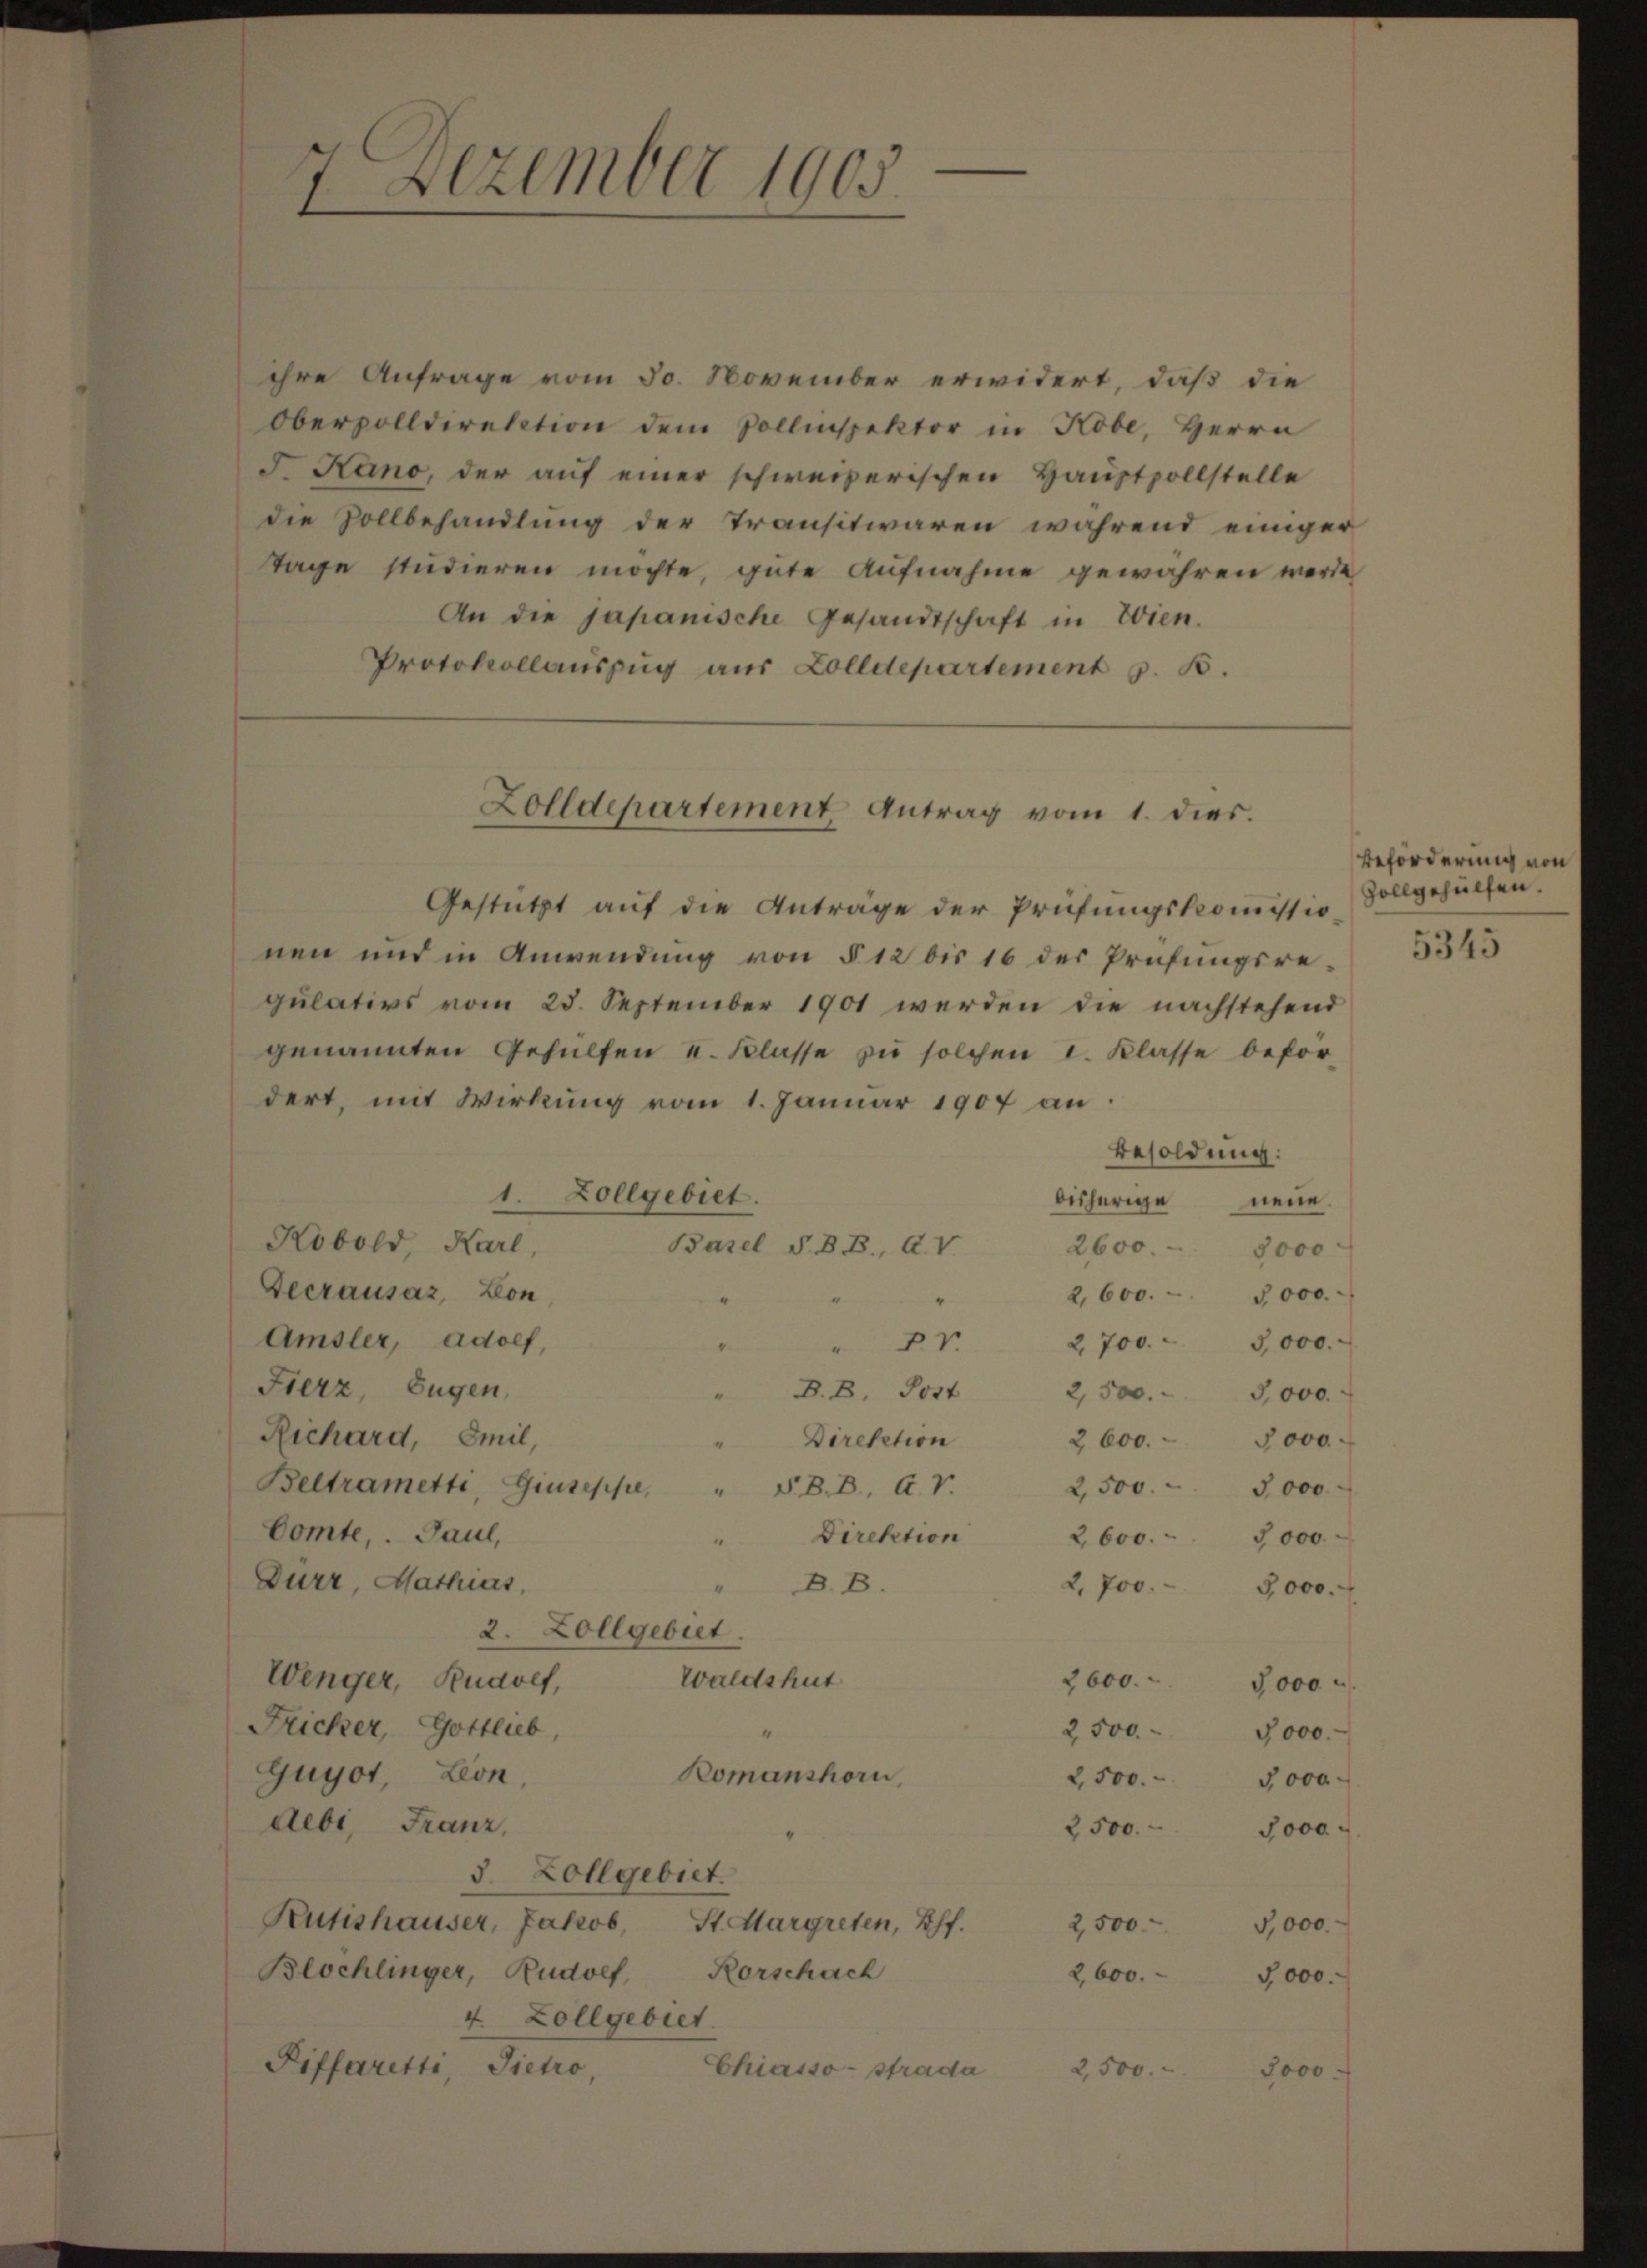
7. Dezember 1905.
d

ihre Anfrage vom 30. November erwidert, daß die
Oberzolldirektion dem Pollinspektor in Kobe, Herrn
F. Hano, der auf einer schweizerischen Hauptpollstelle
die Zollbehandlung der Transitwaren während einiger
Tage studieren möchte, gute Aufnahme gewähren werde
An die japanische Gesandtschaft in Wien.
Protokollauszug aus Zolldepartement z. B.

Zolldepartement Antrag vom 1. dies.

Gestützt auf die Anträge der Prüfungskommissio
nen und in Anwendung von § 12 bis 16 der Prüfungsregulativs vom 25. September 1901 werden die nachstehend
genannten Gehülfen u. Klasse zu solchen I. Klasse befor-
dert, mit Wirkung vom 1. Januar 1907 an
Besoldung:
1. Zollgebiet.
bisherige neue.
Kobold, Karl,
Basel S. B. B., A. V.
2600. 8000
Geerausaz, Lon
Amsler, Adolf,
2,700.- 3,000.
Pr
Fierz, Eugen,
B. B. Post
2,500.- 3,000.
Richard, Emil,
Direktion
2 600. 3000.
Beltrametti, Giuseppe, " S. B. B. G. V.
2,500 - 3000
Comte, Paul,
Direktion
2, 600. 3000.
Durz, Mathias,
B. B.
2,700.
2. Zollgebiet.
Waldshut
Wenger, Rudolf,
2600.
7000
Fricker, Gottlieb,
2500
5000.
Guyot, Lion,
Romanshorn,
2500.
5 000
debi, Franz,
2500.
J000
3. Zollgebiet.
Kutishauser, Jakob, St. Margreten, Pf.
2,500
5,000.
Blöchlinger, Rudolf, Rorschach
2,600. 5000.
4. Zollgebiet.
Piffaretti, Sietro,
Chiasso-strada
2,500.
7000.

2,600. - 3000.
3000.

Beförderung vor
Zollgehülfen.

5345